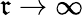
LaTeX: \mathfrak{r}\rightarrow\infty